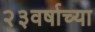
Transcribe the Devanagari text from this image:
२३वर्षाच्या